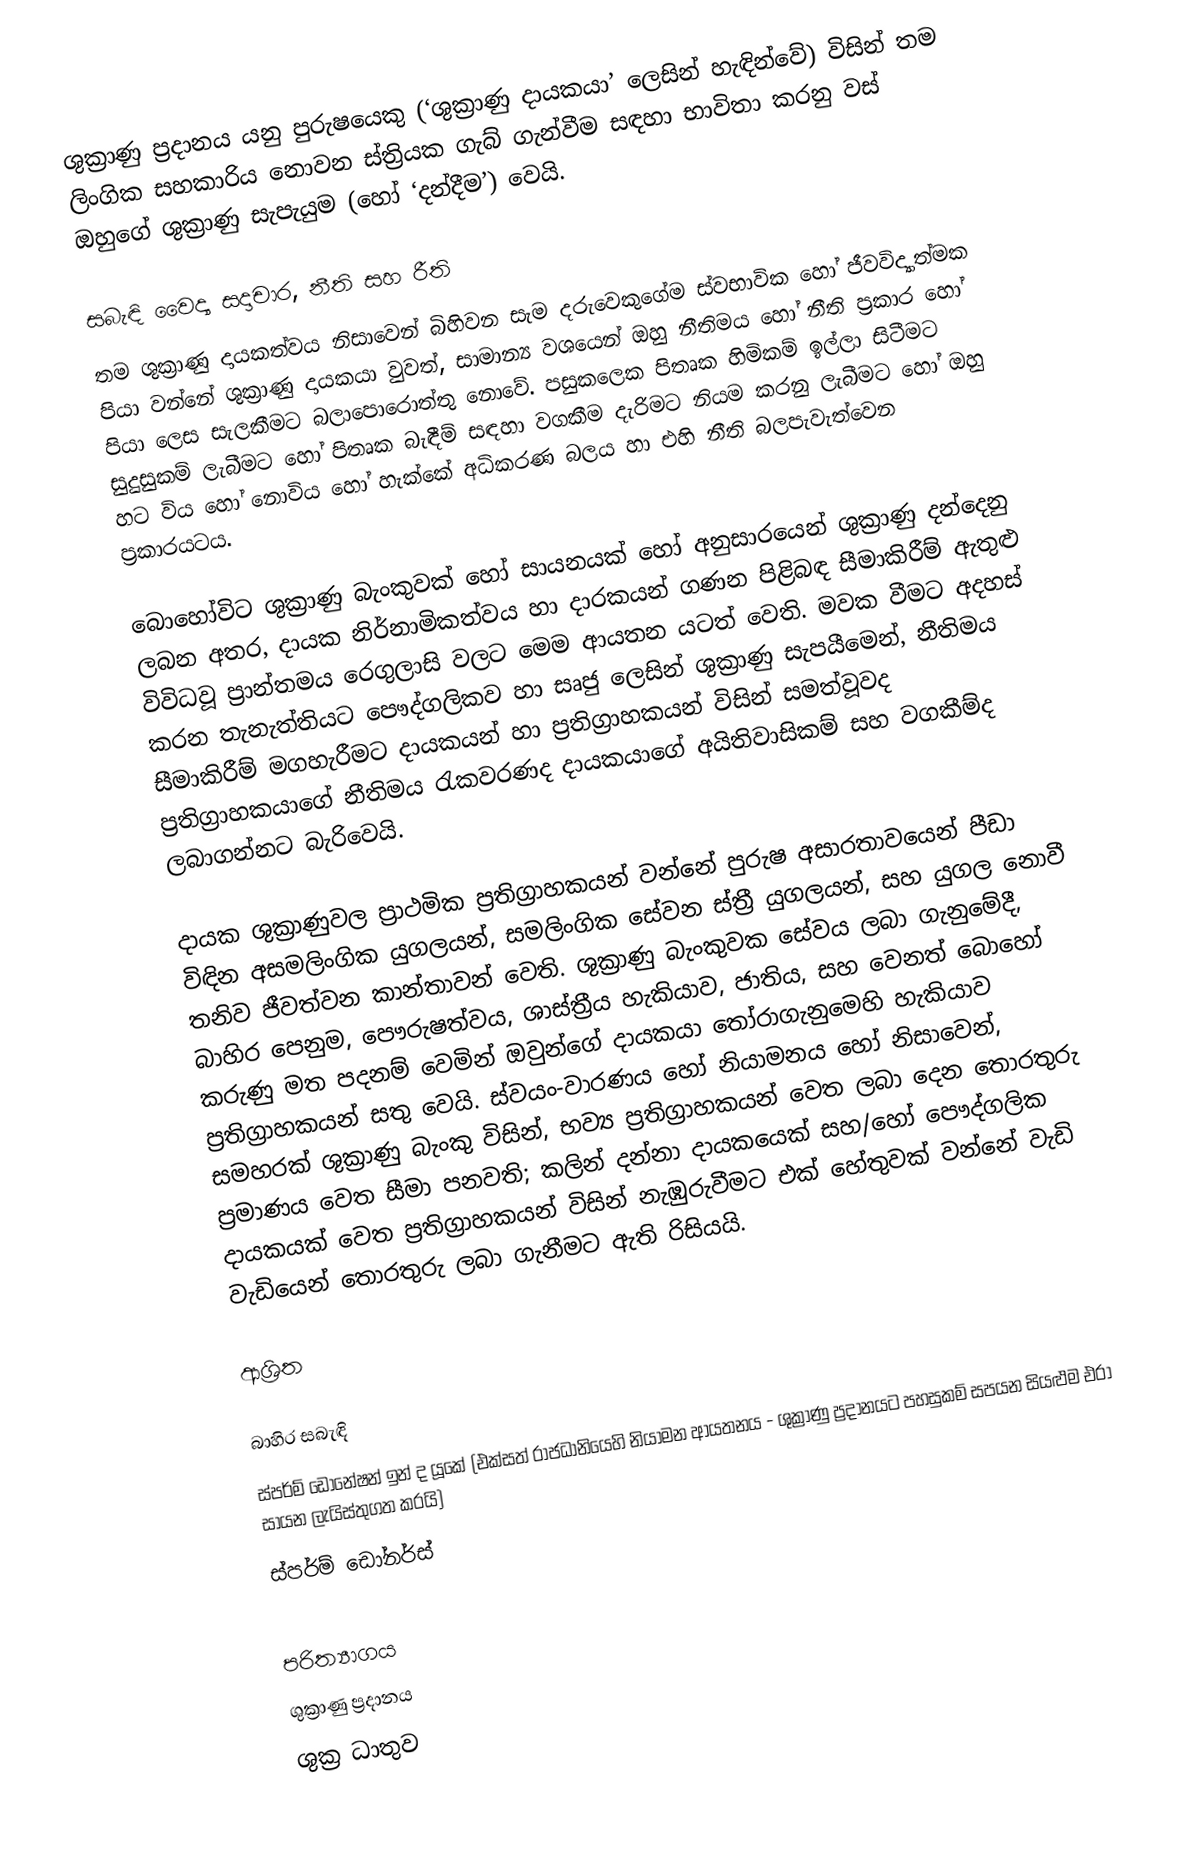
ශුක්‍රාණු ප්‍රදානය යනු පුරුෂයෙකු  (‘ශුක්‍රාණු දායකයා’ ලෙසින් හැඳින්වේ) විසින් තම  ලිංගික සහකාරිය නොවන ස්ත්‍රියක ගැබ් ගැන්වීම සඳහා භාවිතා කරනු වස් ඔහුගේ ශුක්‍රාණු සැපැයුම (හෝ ‘දන්දීම’) වෙයි.

සබැඳි වෛද්‍ය සදාචාර, නීති සහ රීති
තම ශුක්‍රාණු දායකත්වය නිසාවෙන් බිහිවන සැම දරුවෙකුගේම ස්වභාවික හෝ ජීවවිද්‍යාත්මක පියා වන්නේ ශුක්‍රාණු දායකයා  වුවත්, සාමාන්‍ය වශයෙන් ඔහු නීතිමය හෝ නීති ප්‍රකාර හෝ පියා ලෙස සැලකීමට බලාපොරොත්තු නොවේ. පසුකලෙක පිතෘක හිමිකම් ඉල්ලා සිටීමට සුදුසුකම් ලැබීමට හෝ පිතෘක බැඳීම් සඳහා වගකීම දැරිමට නියම කරනු ලැබීමට හෝ ඔහු හට විය හෝ නොවිය හෝ හැක්කේ අධිකරණ බලය හා එහි නීති බලපැවැත්වෙන  ප්‍රකාරයටය.

බොහෝවිට  ශුක්‍රාණු බැංකුවක් හෝ සායනයක් හෝ අනුසාරයෙන් ශුක්‍රාණු දන්දෙනු ලබන අතර, දායක නිර්නාමිකත්වය හා දාරකයන් ගණන පිළිබඳ සීමාකිරීම් ඇතුළු විවිධවූ ප්‍රාන්තමය රෙගුලාසි වලට මෙම ආයතන යටත් වෙති. මවක වීමට අදහස් කරන තැනැත්තියට පෞද්ගලිකව හා සෘජු ලෙසින් ශුක්‍රාණු සැපයීමෙන්, නීතිමය සීමාකිරීම් මගහැරීමට දායකයන් හා ප්‍රතිග්‍රාහකයන් විසින් සමත්වූවද ප්‍රතිග්‍රාහකයාගේ නීතිමය රැකවරණද දායකයාගේ අයිතිවාසිකම් සහ වගකීම්ද ලබාගන්නට බැරිවෙයි.

දායක ශුක්‍රාණුවල ප්‍රාථමික ප්‍රතිග්‍රාහකයන් වන්නේ පුරුෂ අසාරතාවයෙන්  පීඩා විඳින අසමලිංගික යුගලයන්, සමලිංගික සේවන ස්ත්‍රී යුගලයන්, සහ  යුගල නොවී තනිව ජීවත්වන කාන්තාවන් වෙති. ශුක්‍රාණු බැංකුවක සේවය ලබා ගැනුමේදී, බාහිර පෙනුම, පෞරුෂත්වය, ශාස්ත්‍රීය හැකියාව, ජාතිය, සහ වෙනත් බොහෝ කරුණු මත පදනම් වෙමින් ඔවුන්ගේ දායකයා තෝරාගැනුමෙහි හැකියාව ප්‍රතිග්‍රාහකයන් සතු වෙයි. ස්වයං-වාරණය හෝ නියාමනය හෝ නිසාවෙන්, සමහරක් ශුක්‍රාණු බැංකු විසින්, භව්‍ය ප්‍රතිග්‍රාහකයන් වෙත ලබා දෙන තොරතුරු ප්‍රමාණය වෙත සීමා පනවති; කලින් දන්නා දායකයෙක් සහ/හෝ පෞද්ගලික දායකයක් වෙත ප්‍රතිග්‍රාහකයන් විසින් නැඹුරුවීමට එක් හේතුවක් වන්නේ වැඩි වැඩියෙන් තොරතුරු ලබා ගැනීමට ඇති රිසියයි.

ආශ්‍රිත

බාහිර සබැඳි
 ස්පර්ම් ඩොනේෂන් ඉන් ද යූකේ (එක්සත් රාජධානියෙහි නියාමන ආයතනය - ශුක්‍රාණු ප්‍රදානයට පහසුකම් සපයන සියළුම එරා සායන ලැයිස්තුගත කරයි)
 ස්පර්ම් ඩෝනර්ස්

පරිත්‍යාගය
ශුක්‍රාණු ප්‍රදානය
ශුක්‍ර ධාතුව